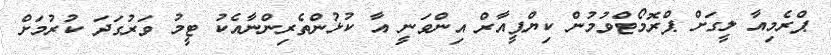
ޕްރެމިއާ ލީގަށް ޕްރޮމޯޓްވުމުން ކިޔްޕީއާރް އިންވަނީ އާ ކުޅުންތެރިންނާއެކު ޓީމު ވަރުގަދަ ކުރުމަށް